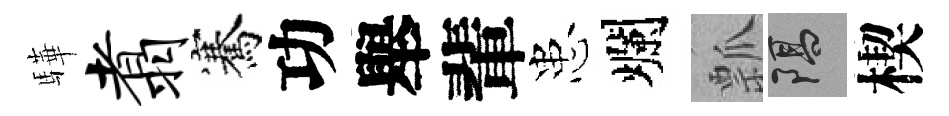
驊翥騫功舉輩患爛瓢隔楔